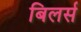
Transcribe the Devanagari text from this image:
बिलर्स